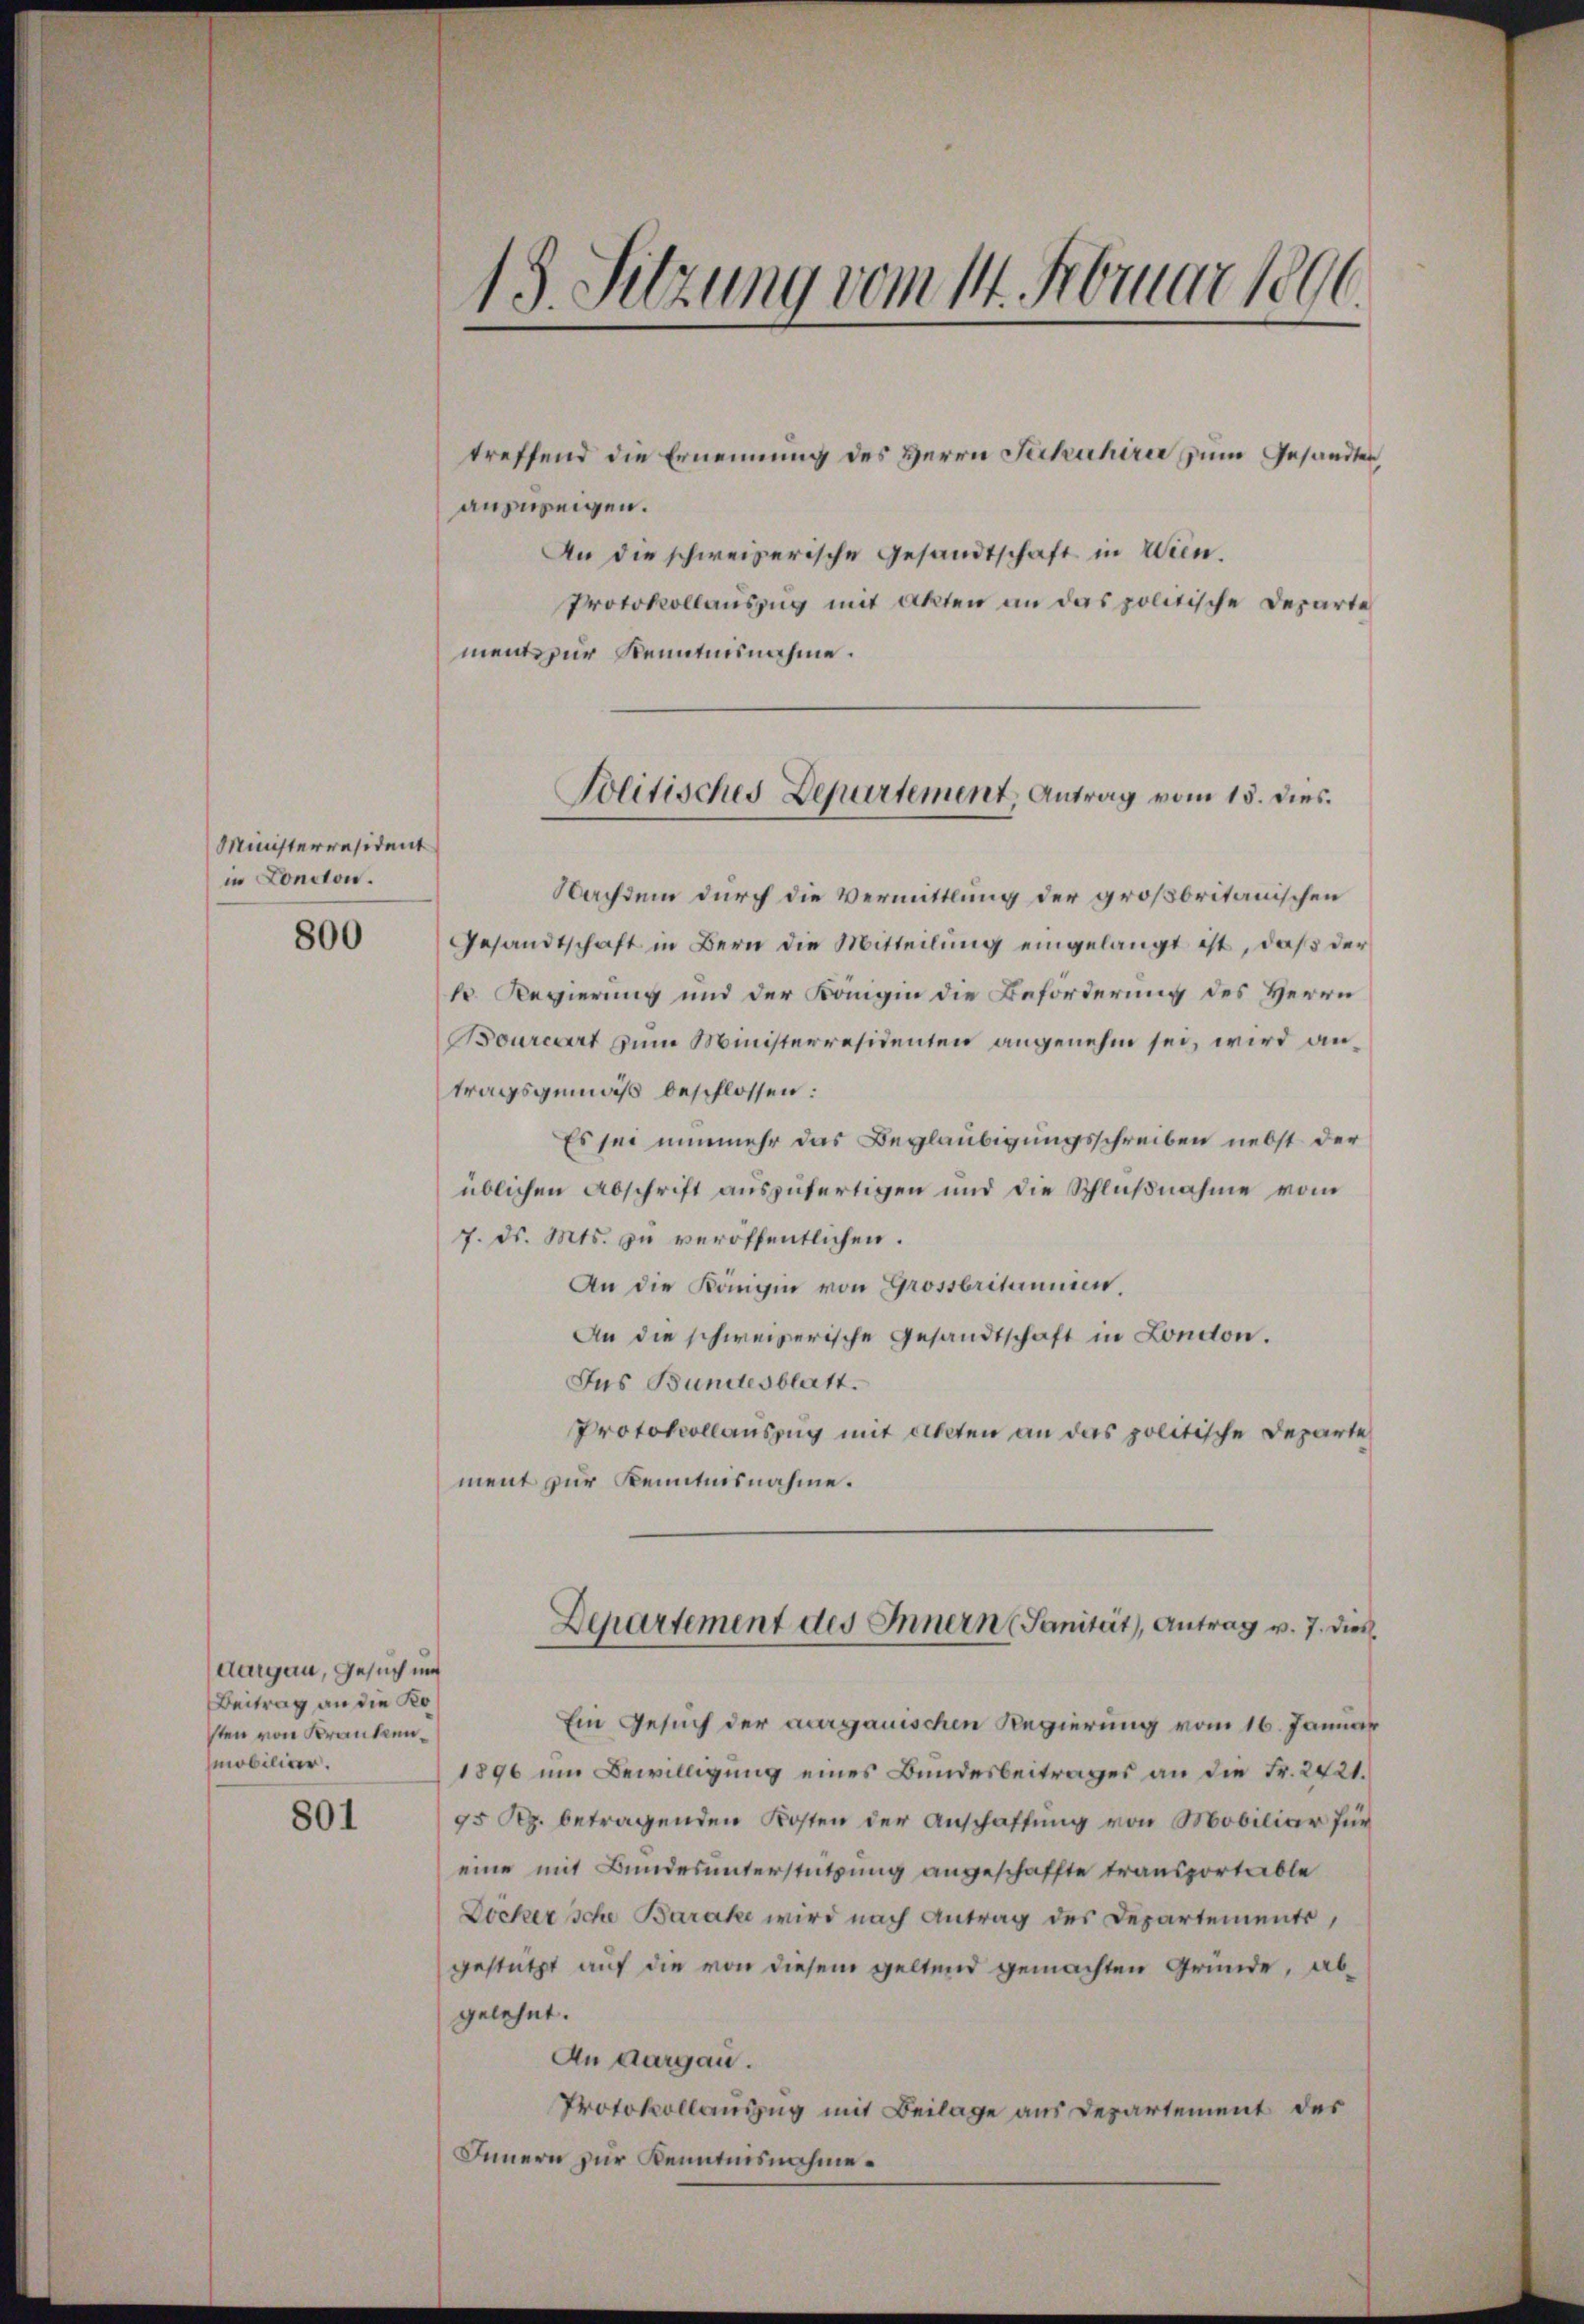
Ministerräsident
in Concion.

800

aargau, Gesuch und
Beitrag an die Kosten von Krankenmobiliar.

801

treffend die Ernennung des Herrn Schuhirer zum Gesandten,
anzweigen.
An die schweizerische Gesandtschaft in Wien.
Protokollauszug mit Akten an das politische Departe
ment zur Kenntnisnahme.
Nachdem durch die Vermittlung der großbritanischen
Gesandtschaft in Bern die Mitteilung eingelangt ist, daß der
h. Regierung und der Königin die Beförderung des Herrn
Bourcart zum Ministerresidenten angenehm sei, wird antragsgemäß beschlossen:
Es sei nunmehr das Beglaubigungsschreiben nebst der
üblichen Abschrift auszufertigen und die Schlußnahme vom
7. ds. Mts. zu veröffentlichen.
An die Königin von Grossbritannen,
An die schweizerische Gesandtschaft in London.
Jus Bundesblatt.
Protokollauszug mit Akten an das politische Departe
ment zur Kenntnisnahme.

13. Sitzung vom 14. Februar 1890

Politisches Departement, Antrag vom 15. dies.

Ein Gesuch der aargauischen Regierung vom 16. Januar
1896 um Bewilligung eines Bundesbeitrages an die Fr. 2421.
95 Rp. betragenden Kosten der Anschaffung von Mobiliar für
eine mit Bundesunterstützung angeschaffte transportable
Docker sche Barake wird nach Antrag des Departements,
gestützt auf die von diesem geltend gemachten Gründe, abgelehnt.
An Aargau.
Protokollauszug mit Beilage aus Departement des
Innern zur Kenntnisnahme.

Departement des Innern (Sanität, Antrag v. 7. dies